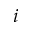
i